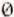
0